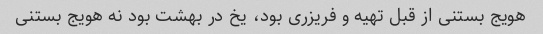
هویج بستنی از قبل تهیه و فریزری بود، یخ در بهشت بود نه هویج بستنی